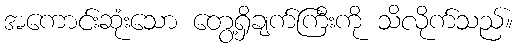
အကောင်းဆုံးသော တွေ့ရှိချက်ကြီးကို သိလိုက်သည်။